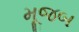
મૂજબ